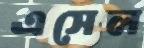
এসেল